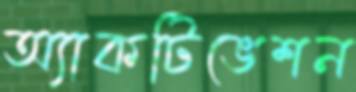
অ্যাকটিভেশন